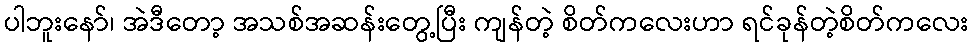
ပါဘူးနော်၊ အဲဒီတော့ အသစ်အဆန်းတွေ့ပြီး ကျန်တဲ့ စိတ်ကလေးဟာ ရင်ခုန်တဲ့စိတ်ကလေး